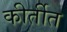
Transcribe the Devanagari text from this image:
कीर्तीत